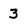
Character: 3